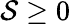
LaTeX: \mathcal{S}\geq0